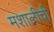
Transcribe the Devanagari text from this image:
मशालीची